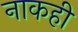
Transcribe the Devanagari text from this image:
नाकही